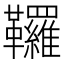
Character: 𩎊